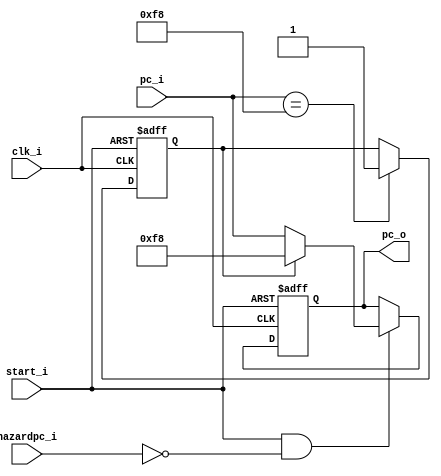
`timescale 1ns / 1ps
//////////////////////////////////////////////////////////////////////////////////
// Company: 
// Engineer: 
// 
// Design Name: 
// Module Name: PC
// Project Name: 
// Target Devices: 
// Tool Versions: 
// Description: 
// 
// Dependencies: 
// 
// Revision:
// Revision 0.01 - File Created
// Additional Comments:
// 
//////////////////////////////////////////////////////////////////////////////////

module PC
(
    clk_i,
    start_i,
    pc_i,
    hazardpc_i,
    pc_o,
);

// Ports
input               clk_i;
input               start_i, hazardpc_i;
input   [31:0]      pc_i;
output  [31:0]      pc_o;

// Wires & Registers
reg     [31:0]      pc_o;
reg     flag,flag_next;

always@(*)begin
    if(pc_i == 32'd248)flag_next = 1;
    else flag_next = flag;
end

always@(posedge clk_i or negedge start_i) begin
    if(~start_i) begin
        pc_o <= 32'b0;
        flag <= 0;
    end
    else begin
        flag <= flag_next;
        if(start_i & (!hazardpc_i))
            pc_o <= (flag)? 32'd248 : pc_i ;
        else
            pc_o <= pc_o;
    end
end

endmodule